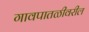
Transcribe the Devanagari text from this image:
गावपातळीवरील